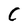
Character: C